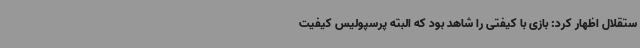
ستقلال اظهار کرد: بازی با کیفتی را شاهد بود که البته پرسپولیس کیفیت